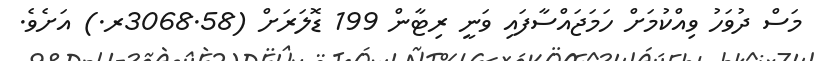
މަސް ދުވަހު ވިއްކުމަށް ހަމަޖައްސާފައި ވަނީ ރިޓާން 199 ޑޮލަރަށް (3068.58ރ.) އަށެވެ.